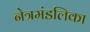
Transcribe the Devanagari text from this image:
नेत्रमंडलिका